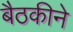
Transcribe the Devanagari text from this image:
बैठकीने